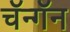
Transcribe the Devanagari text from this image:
चॅन्गॅन